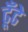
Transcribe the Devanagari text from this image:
ढूँढे